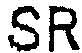
SR